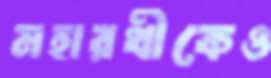
মহারথীকেও